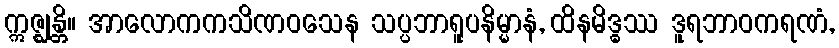
ဣဇ္ဈန္တိ။ အာလောကကသိဏဝသေန သပ္ပဘာရူပနိမ္မာနံ, ထိနမိဒ္ဓဿ ဒူရဘာဝကရဏံ,